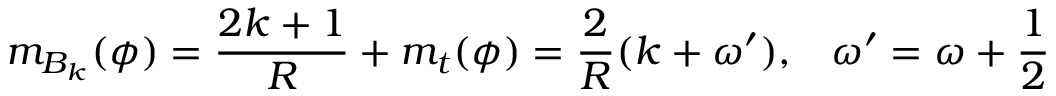
m _ { B _ { k } } ( \phi ) = \frac { 2 k + 1 } { R } + m _ { t } ( \phi ) = \frac { 2 } { R } ( k + \omega ^ { \prime } ) , \, \, \, \, \, \omega ^ { \prime } = \omega + \frac { 1 } { 2 }